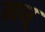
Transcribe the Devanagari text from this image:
मध्